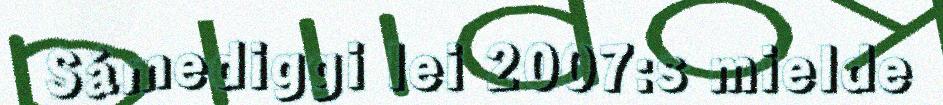
Sámediggi lei 2007:s mielde